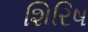
શિરિષ